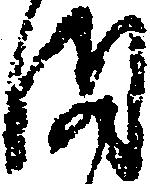
ま